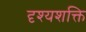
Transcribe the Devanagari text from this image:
दृश्यशक्ति